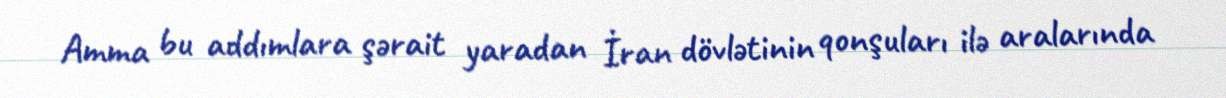
Amma bu addımlara şərait yaradan İran dövlətinin qonşuları ilə aralarında